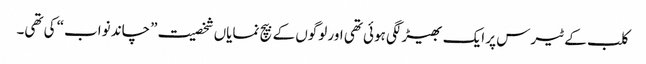
کلب کے ٹیرس پر ایک بھیڑ لگی ہوئی تھی اور لوگوں کے بیچ نمایاں شخصیت ”چاند نواب“ کی تھی۔